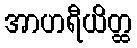
အာဟရီယိတ္ထ